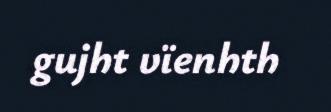
gujht vïenhth